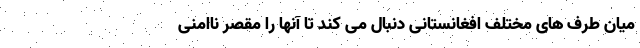
میان طرف های مختلف افغانستانی دنبال می کند تا آنها را مقصر ناامنی